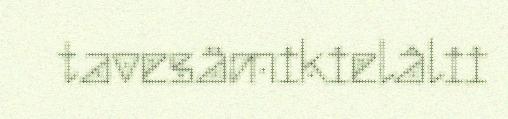
tavesämikielâlii